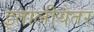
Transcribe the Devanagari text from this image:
इतालीयेतर